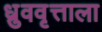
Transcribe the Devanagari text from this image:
ध्रुववृत्ताला